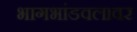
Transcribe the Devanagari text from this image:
भागभांडवलावर